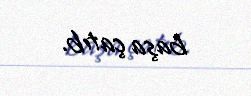
başa çatıb.